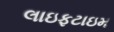
લાઇફટાઇમ